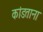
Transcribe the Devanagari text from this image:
कांडताना